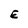
Character: E